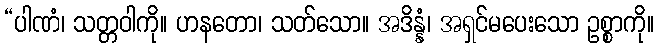
“ပါဏံ၊ သတ္တဝါကို။ ဟနတော၊ သတ်သော။ အဒိန္နံ၊ အရှင်မပေးသော ဥစ္စာကို။